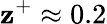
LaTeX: \mathbf{z}^{+}\approx0.2